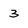
Character: 3